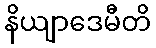
နိယျာဒေမီတိ